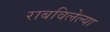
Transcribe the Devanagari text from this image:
राबविलेल्या